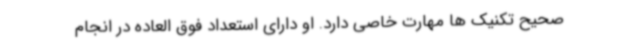
صحیح تکنیک ها مهارت خاصی دارد. او دارای استعداد فوق العاده در انجام